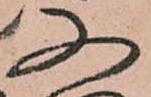
又